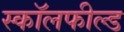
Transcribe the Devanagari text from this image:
स्कॉलफील्ड